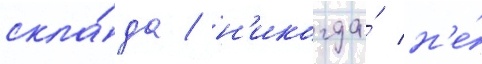
скла́да / н'икогда́ н'е́